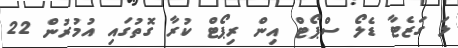
ލަ ގަޒެޓާ ޑެލޯ ސްޕޯޓް އިން ރިޕޯޓް ކުރާ ގޮތުގައި އުމުރުން 22